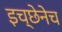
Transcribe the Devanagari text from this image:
इच्छेनेच